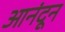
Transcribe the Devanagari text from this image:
आनंदून